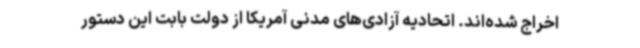
اخراج شده‌اند. اتحادیه آزادی‌های مدنی آمریکا از دولت بابت این دستور